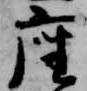
座